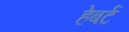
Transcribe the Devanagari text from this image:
हेबर्ट